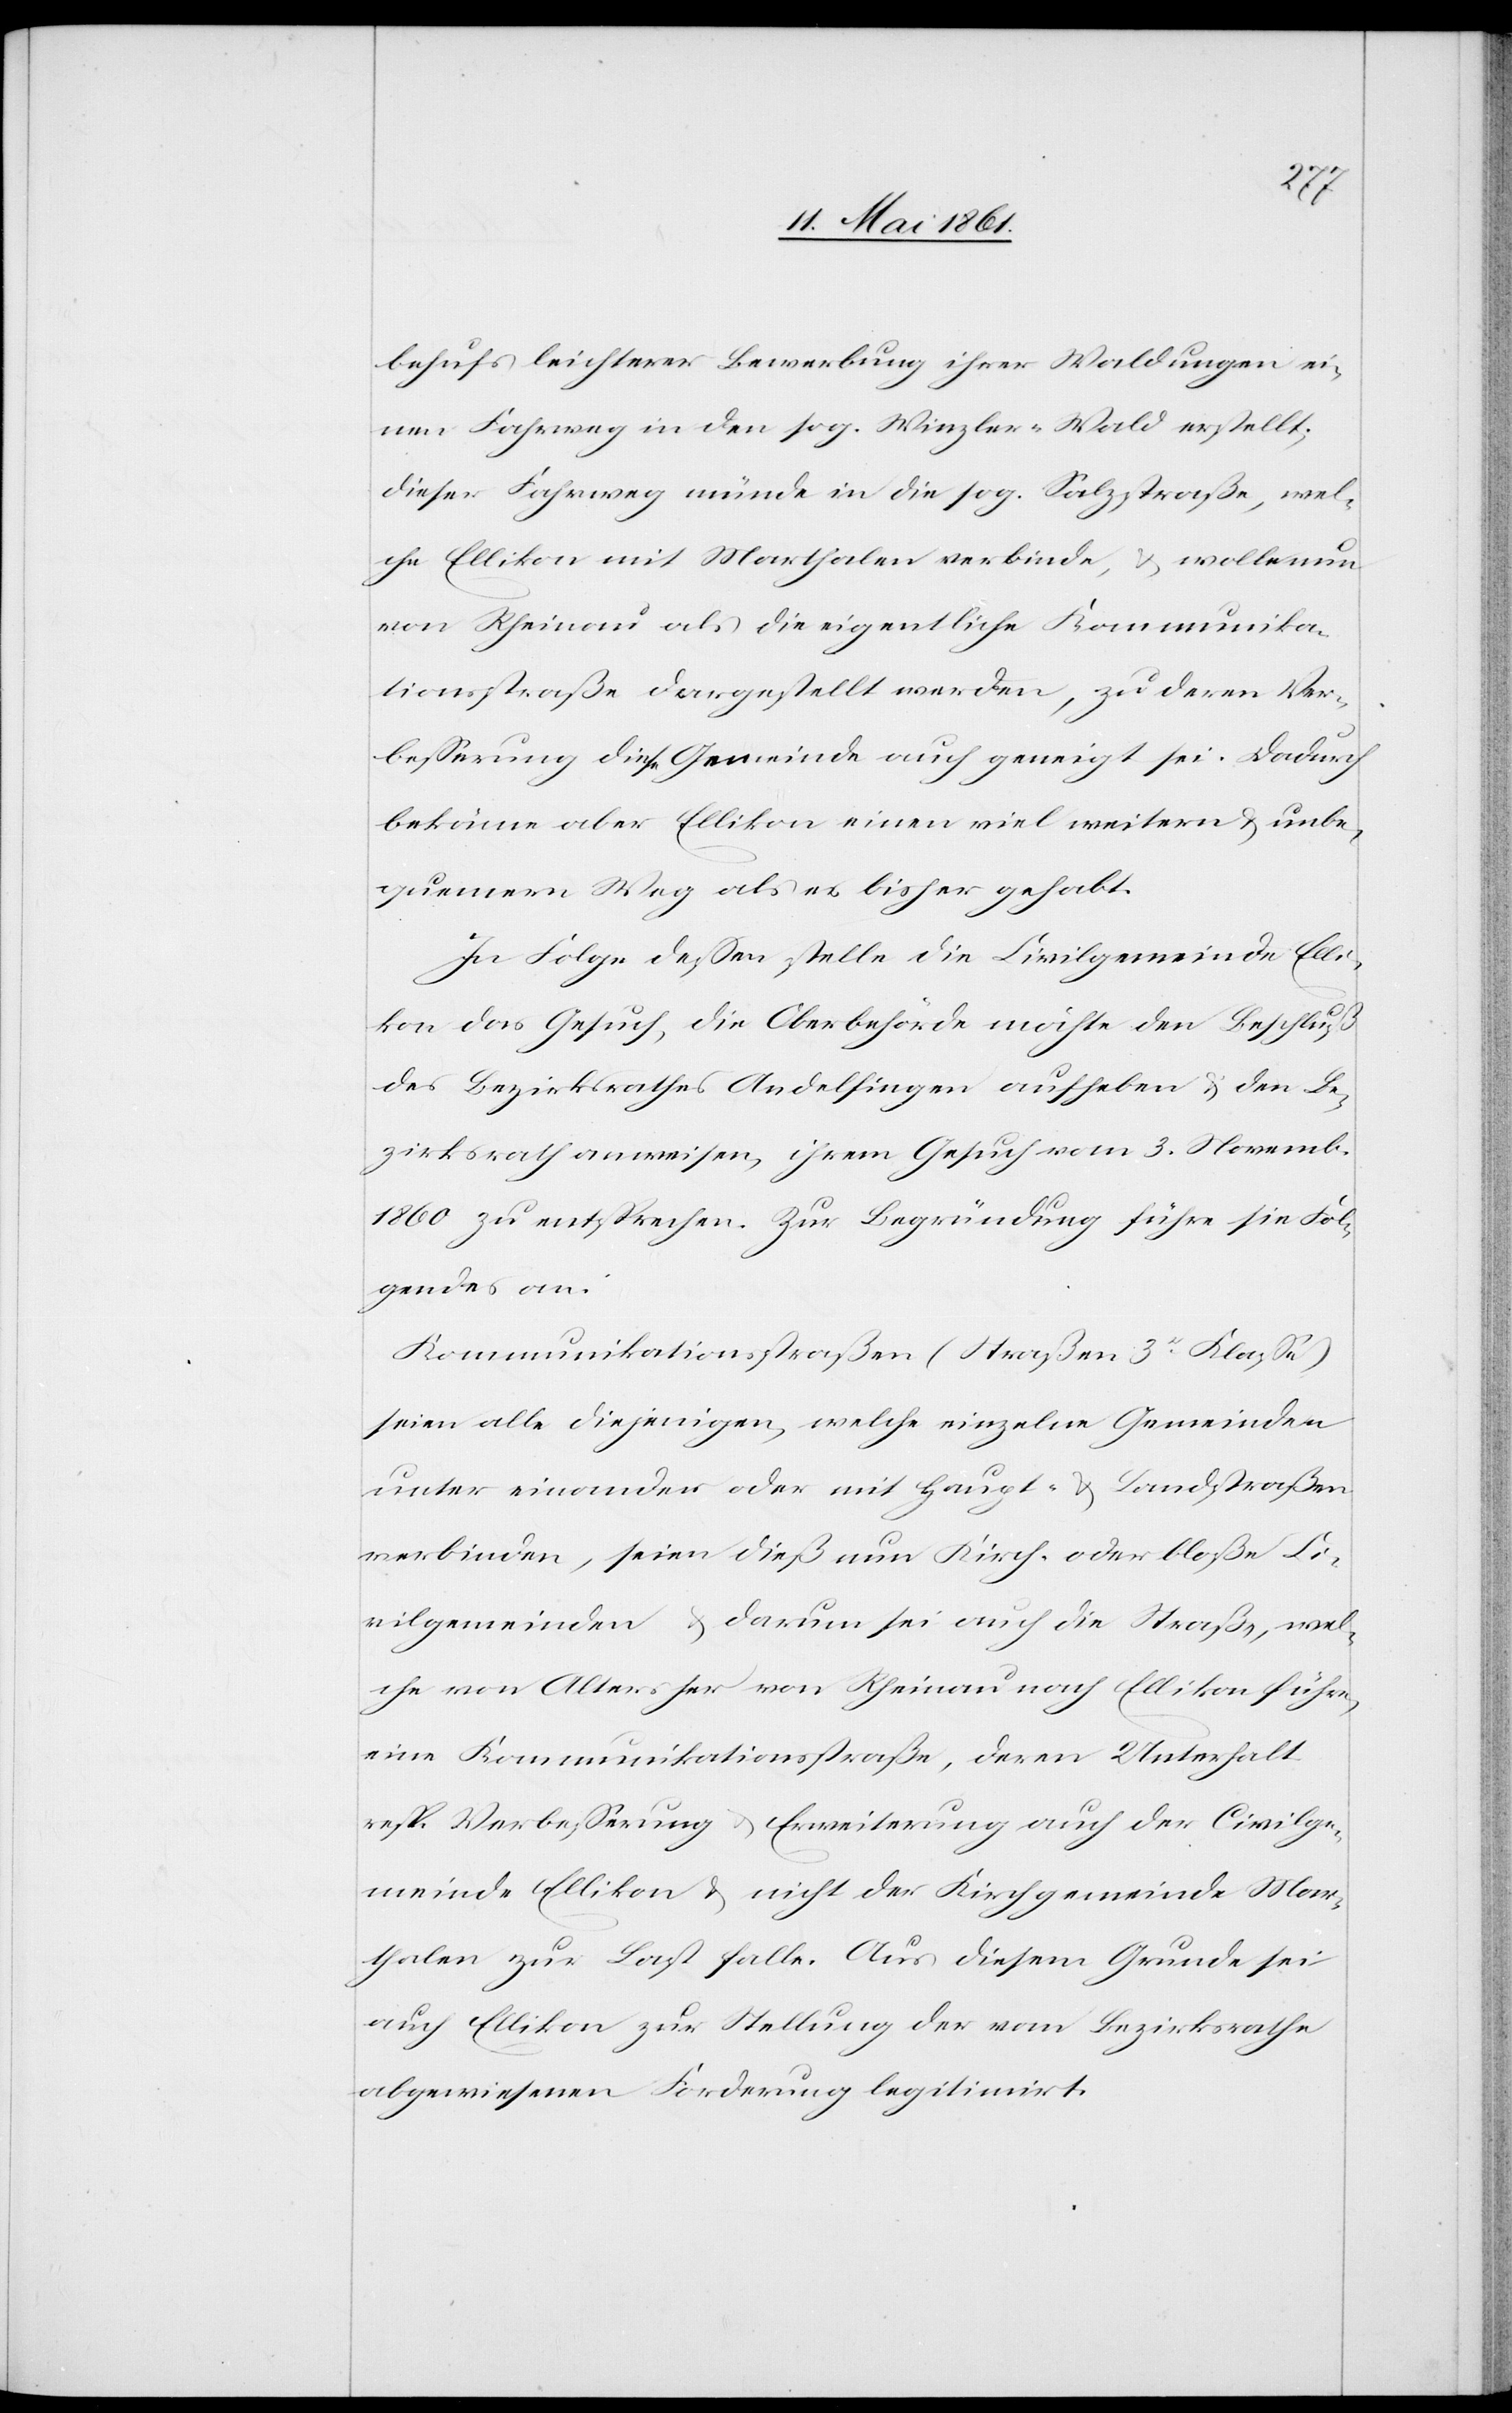
behufs leichterer Bewerbung ihrer Waldungen ei¬
nen Fahrweg in den sog. Winzler-Wald erstellt;
dieser Fahrweg münde in die sog. Salzstraße, wel¬
che Ellikon mit Marthalen verbinde, u. wolle nun
von Rheinau als die eigentliche Kommunika¬
tionsstraße dargestellt werden, zu deren Ver¬
besserung diese Gemeinde auch geneigt sei. Dadurch
bekäme aber Ellikon einen viel weitern u. unbe¬
quemern Weg als es bisher gehabt.
In Folge dessen stelle die Civilgemeinde Elli¬
kon das Gesuch, die Oberbehörde möchte den Beschluß
des Bezirksrathes Andelfingen aufheben u. den Be¬
zirksrath anweisen, ihrem Gesuch vom 3. Novemb.
1860 zu entsprechen. Zur Begründung führe sie Fol¬
gendes an:
Kommunikationsstraßen (Straßen 3r Klasse)
seien alle diejenigen, welche einzelne Gemeinden
unter einander oder mit Haupt- u. Landstraßen
verbinden, seien dieß nun Kirch- oder bloße Ci¬
vilgemeinden u. darum sei auch die Straße, wel¬
che von Alters her von Rheinau nach Ellikon führe,
eine Kommunikationsstraße, deren Unterhalt
resp. Verbesserung u. Erweiterung auch der Civilge¬
meinde Ellikon u. nicht der Kirchgemeinde Mar¬
thalen zur Last falle. Aus diesem Grunde sei
auch Ellikon zur Stellung der vom Bezirksrathe
abgewiesenen Forderung legitimirt.